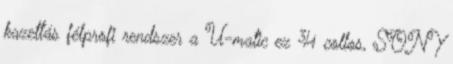
kazettás félprofi rendszer a U-matic ez ¾ collos, SONY